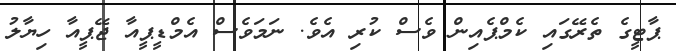
ޕާޓީގެ ތެރޭގައި ކެމްޕެއިން ވެސް ކުރި އެވެ. ނަމަވެސް އެމްޑީޕީއާ ޖޭޕީއާ ހިޔާލު